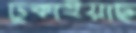
ঢুকাইয়াছ